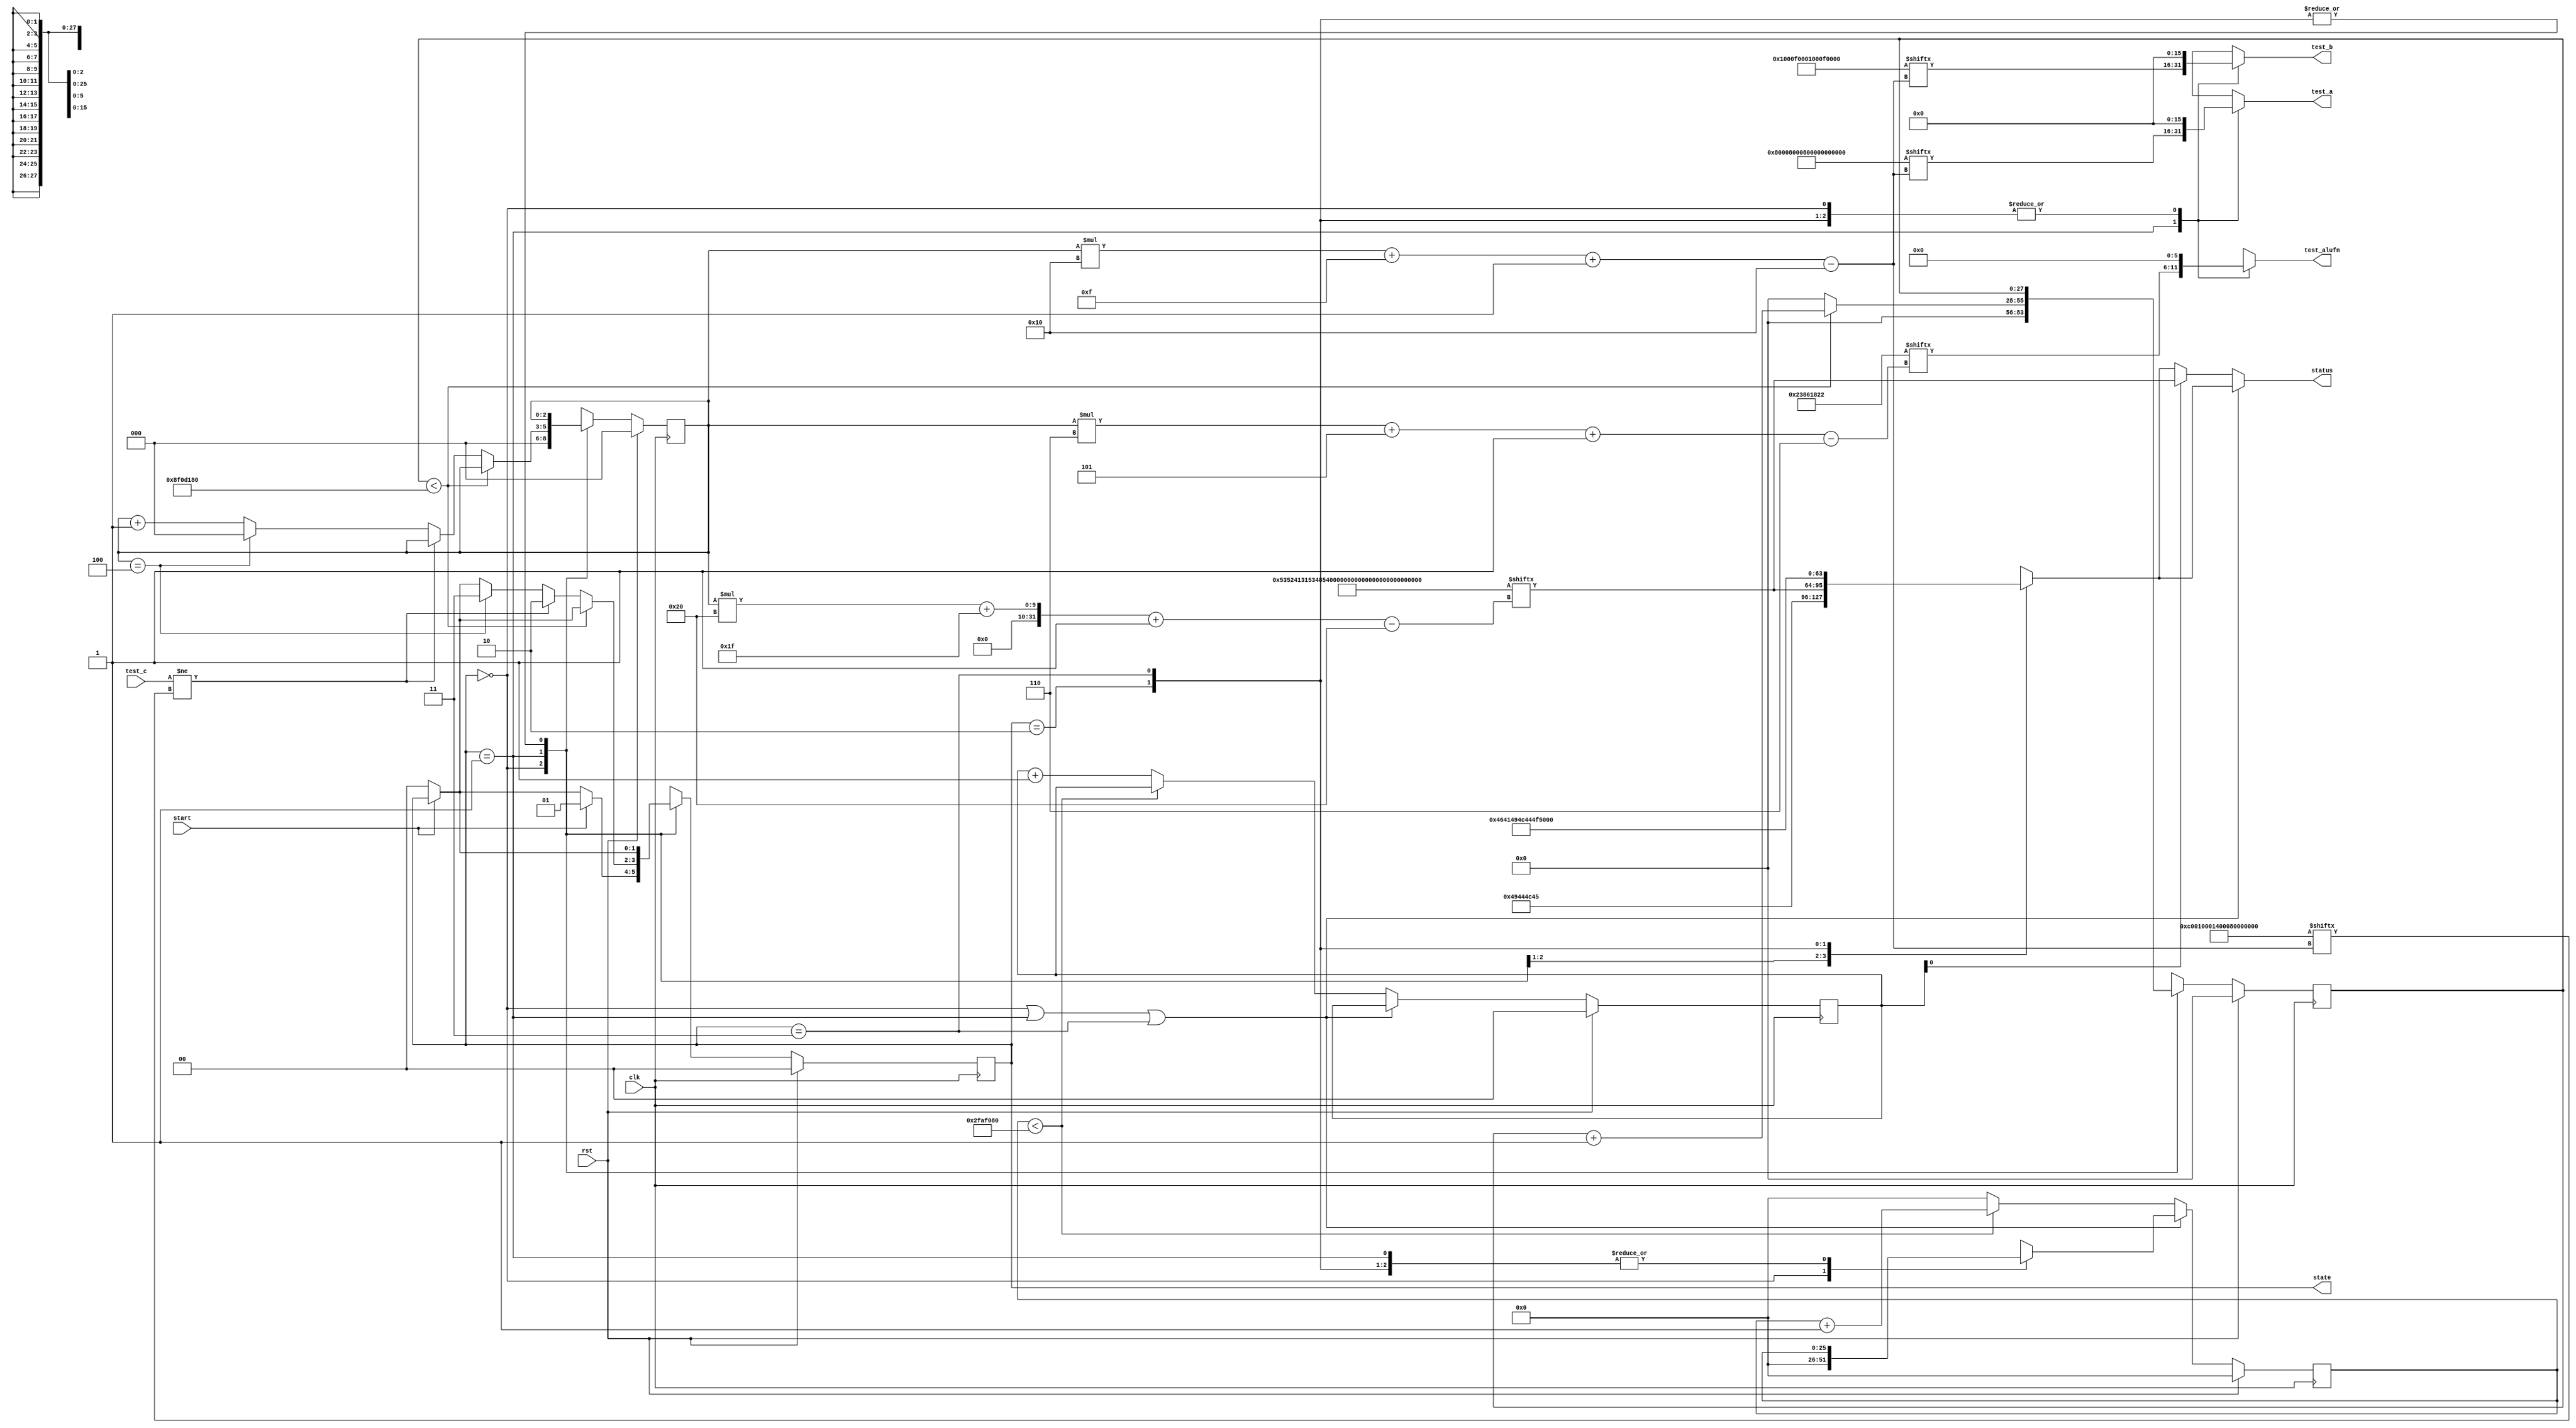
module basic_tester_18 (
    input clk,
    input rst,
    input start,
    input [15:0] test_c,
    output reg [15:0] test_a,
    output reg [15:0] test_b,
    output reg [5:0] test_alufn,
    output reg [1:0] state,
    output reg [31:0] status
  );
  
  localparam NUM_TEST_CASES = 3'h5;
  localparam TEST_NAME = 160'h53524131534852325348523153484c3253484c31;
  localparam TEST_A = 80'h80008000800000010001;
  localparam TEST_B = 80'h0001000f0001000f0001;
  localparam TEST_ALUFN = 30'h23861822;
  localparam TEST_C = 80'hc0010001400080000002;
  localparam BYPASS_FAIL = 1'h0;
  localparam NUM_TEST_SECS = 2'h3;
  localparam NUM_FAIL_SECS = 1'h1;
  localparam NUM_FAIL_BLINKS = 2'h2;
  
  
  localparam NUM_TEST_TIMER_CYCLES = 28'h8f0d180;
  
  localparam NUM_FAIL_TIMER_CYCLES = 26'h2faf080;
  
  reg [31:0] next_status;
  
  reg [27:0] M_display_test_timer_d, M_display_test_timer_q = 1'h0;
  reg [25:0] M_display_fail_timer_d, M_display_fail_timer_q = 1'h0;
  reg [1:0] M_fail_blink_ctr_d, M_fail_blink_ctr_q = 1'h0;
  reg [2:0] M_tester_ctr_d, M_tester_ctr_q = 1'h0;
  localparam IDLE_tester_state = 2'd0;
  localparam TEST_tester_state = 2'd1;
  localparam FAIL_tester_state = 2'd2;
  localparam DONE_tester_state = 2'd3;
  
  reg [1:0] M_tester_state_d, M_tester_state_q = IDLE_tester_state;
  
  always @* begin
    M_tester_state_d = M_tester_state_q;
    M_display_fail_timer_d = M_display_fail_timer_q;
    M_display_test_timer_d = M_display_test_timer_q;
    M_fail_blink_ctr_d = M_fail_blink_ctr_q;
    M_tester_ctr_d = M_tester_ctr_q;
    
    status = 32'h00000000;
    test_a = 1'h0;
    test_b = 1'h0;
    test_alufn = 1'h0;
    if (!start) begin
      M_tester_state_d = IDLE_tester_state;
    end
    state = M_tester_state_q;
    next_status = 32'h4e554c4c;
    
    case (M_tester_state_q)
      IDLE_tester_state: begin
        M_display_test_timer_d = 1'h0;
        M_display_fail_timer_d = 1'h0;
        M_tester_ctr_d = 1'h0;
        next_status = 32'h49444c45;
        if (start) begin
          M_tester_state_d = TEST_tester_state;
        end
      end
      TEST_tester_state: begin
        next_status = TEST_NAME[(M_tester_ctr_q)*32+31-:32];
        test_a = TEST_A[(M_tester_ctr_q)*16+15-:16];
        test_b = TEST_B[(M_tester_ctr_q)*16+15-:16];
        test_alufn = TEST_ALUFN[(M_tester_ctr_q)*6+5-:6];
        if (M_display_test_timer_q < 28'h8f0d180) begin
          M_display_test_timer_d = M_display_test_timer_q + 1'h1;
        end else begin
          M_display_test_timer_d = 1'h0;
          if (test_c != TEST_C[(M_tester_ctr_q)*16+15-:16]) begin
            M_tester_state_d = FAIL_tester_state;
          end else begin
            if (M_tester_ctr_q == 4'h4) begin
              M_tester_state_d = DONE_tester_state;
              M_tester_ctr_d = 1'h0;
            end else begin
              M_tester_ctr_d = M_tester_ctr_q + 1'h1;
            end
          end
        end
      end
      FAIL_tester_state: begin
        next_status = 32'h4641494c;
      end
      DONE_tester_state: begin
        next_status = 32'h444f4e45;
      end
    endcase
    if (M_tester_state_q == IDLE_tester_state | M_tester_state_q == TEST_tester_state | M_tester_state_q == DONE_tester_state) begin
      status = next_status;
    end else begin
      if (~M_fail_blink_ctr_q[0+0-:1]) begin
        status = next_status;
      end else begin
        status = TEST_NAME[(M_tester_ctr_q)*32+31-:32];
      end
      if (M_display_fail_timer_q < 26'h2faf080) begin
        M_display_fail_timer_d = M_display_fail_timer_q + 1'h1;
      end else begin
        M_display_fail_timer_d = 1'h0;
        if (1'h1) begin
          M_fail_blink_ctr_d = M_fail_blink_ctr_q + 1'h1;
        end else begin
          if (M_fail_blink_ctr_q < 5'h03) begin
            M_fail_blink_ctr_d = M_fail_blink_ctr_q + 1'h1;
          end else begin
            M_fail_blink_ctr_d = 1'h0;
            if (M_tester_ctr_q < 4'h4) begin
              M_tester_state_d = TEST_tester_state;
              M_tester_ctr_d = M_tester_ctr_q + 1'h1;
            end else begin
              M_tester_state_d = DONE_tester_state;
              M_tester_ctr_d = 1'h0;
            end
          end
        end
      end
    end
  end
  
  always @(posedge clk) begin
    if (rst == 1'b1) begin
      M_display_test_timer_q <= 1'h0;
      M_display_fail_timer_q <= 1'h0;
      M_fail_blink_ctr_q <= 1'h0;
      M_tester_ctr_q <= 1'h0;
      M_tester_state_q <= 1'h0;
    end else begin
      M_display_test_timer_q <= M_display_test_timer_d;
      M_display_fail_timer_q <= M_display_fail_timer_d;
      M_fail_blink_ctr_q <= M_fail_blink_ctr_d;
      M_tester_ctr_q <= M_tester_ctr_d;
      M_tester_state_q <= M_tester_state_d;
    end
  end
  
endmodule